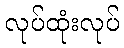
လုပ်ထုံးလုပ်